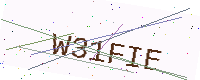
Text: W31FIE